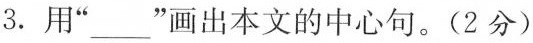
3. 用”___”画出本文的中心句。(2分)